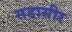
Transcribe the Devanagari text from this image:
सडासीर